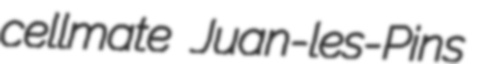
cellmate Juan-les-Pins